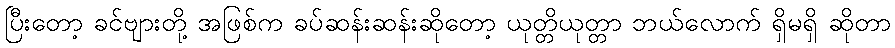
ပြီးတော့ ခင်ဗျားတို့ အဖြစ်က ခပ်ဆန်းဆန်းဆိုတော့ ယုတ္တိယုတ္တာ ဘယ်လောက် ရှိမရှိ ဆိုတာ